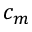
c _ { m }